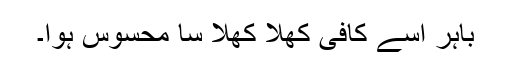
باہر اسے کافی کھُلا کھُلا سا محسوس ہوا۔